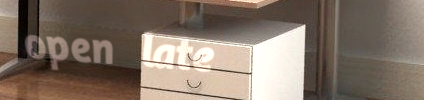
open late